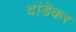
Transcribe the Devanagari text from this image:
दांडॆकर